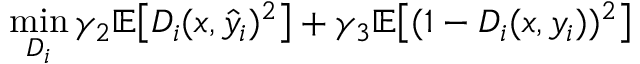
\operatorname* { m i n } _ { D _ { i } } \gamma _ { 2 } \mathbb { E } \big [ D _ { i } ( x , \hat { y } _ { i } ) ^ { 2 } \big ] + \gamma _ { 3 } \mathbb { E } \big [ ( 1 - D _ { i } ( x , y _ { i } ) ) ^ { 2 } \big ]